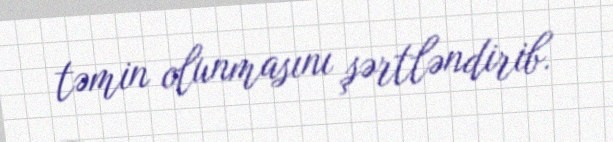
təmin olunmasını şərtləndirib.